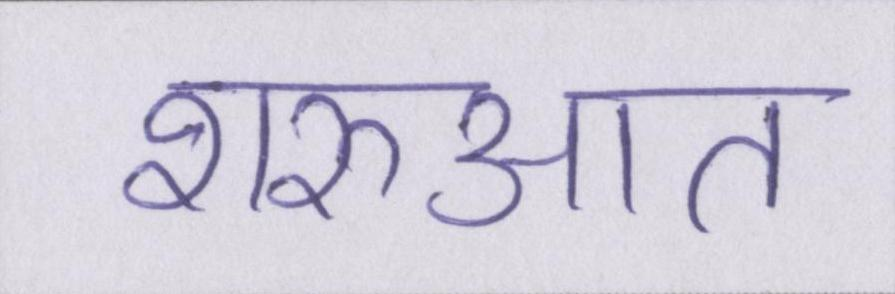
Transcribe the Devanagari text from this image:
शरुआत